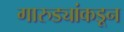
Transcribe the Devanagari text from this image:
गारुड्यांकडून